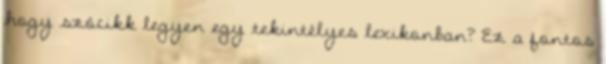
hogy szócikk legyen egy tekintélyes lexikonban? Ez a fontos